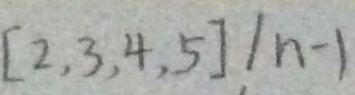
[ 2 , 3 , 4 , 5 ] / n - 1